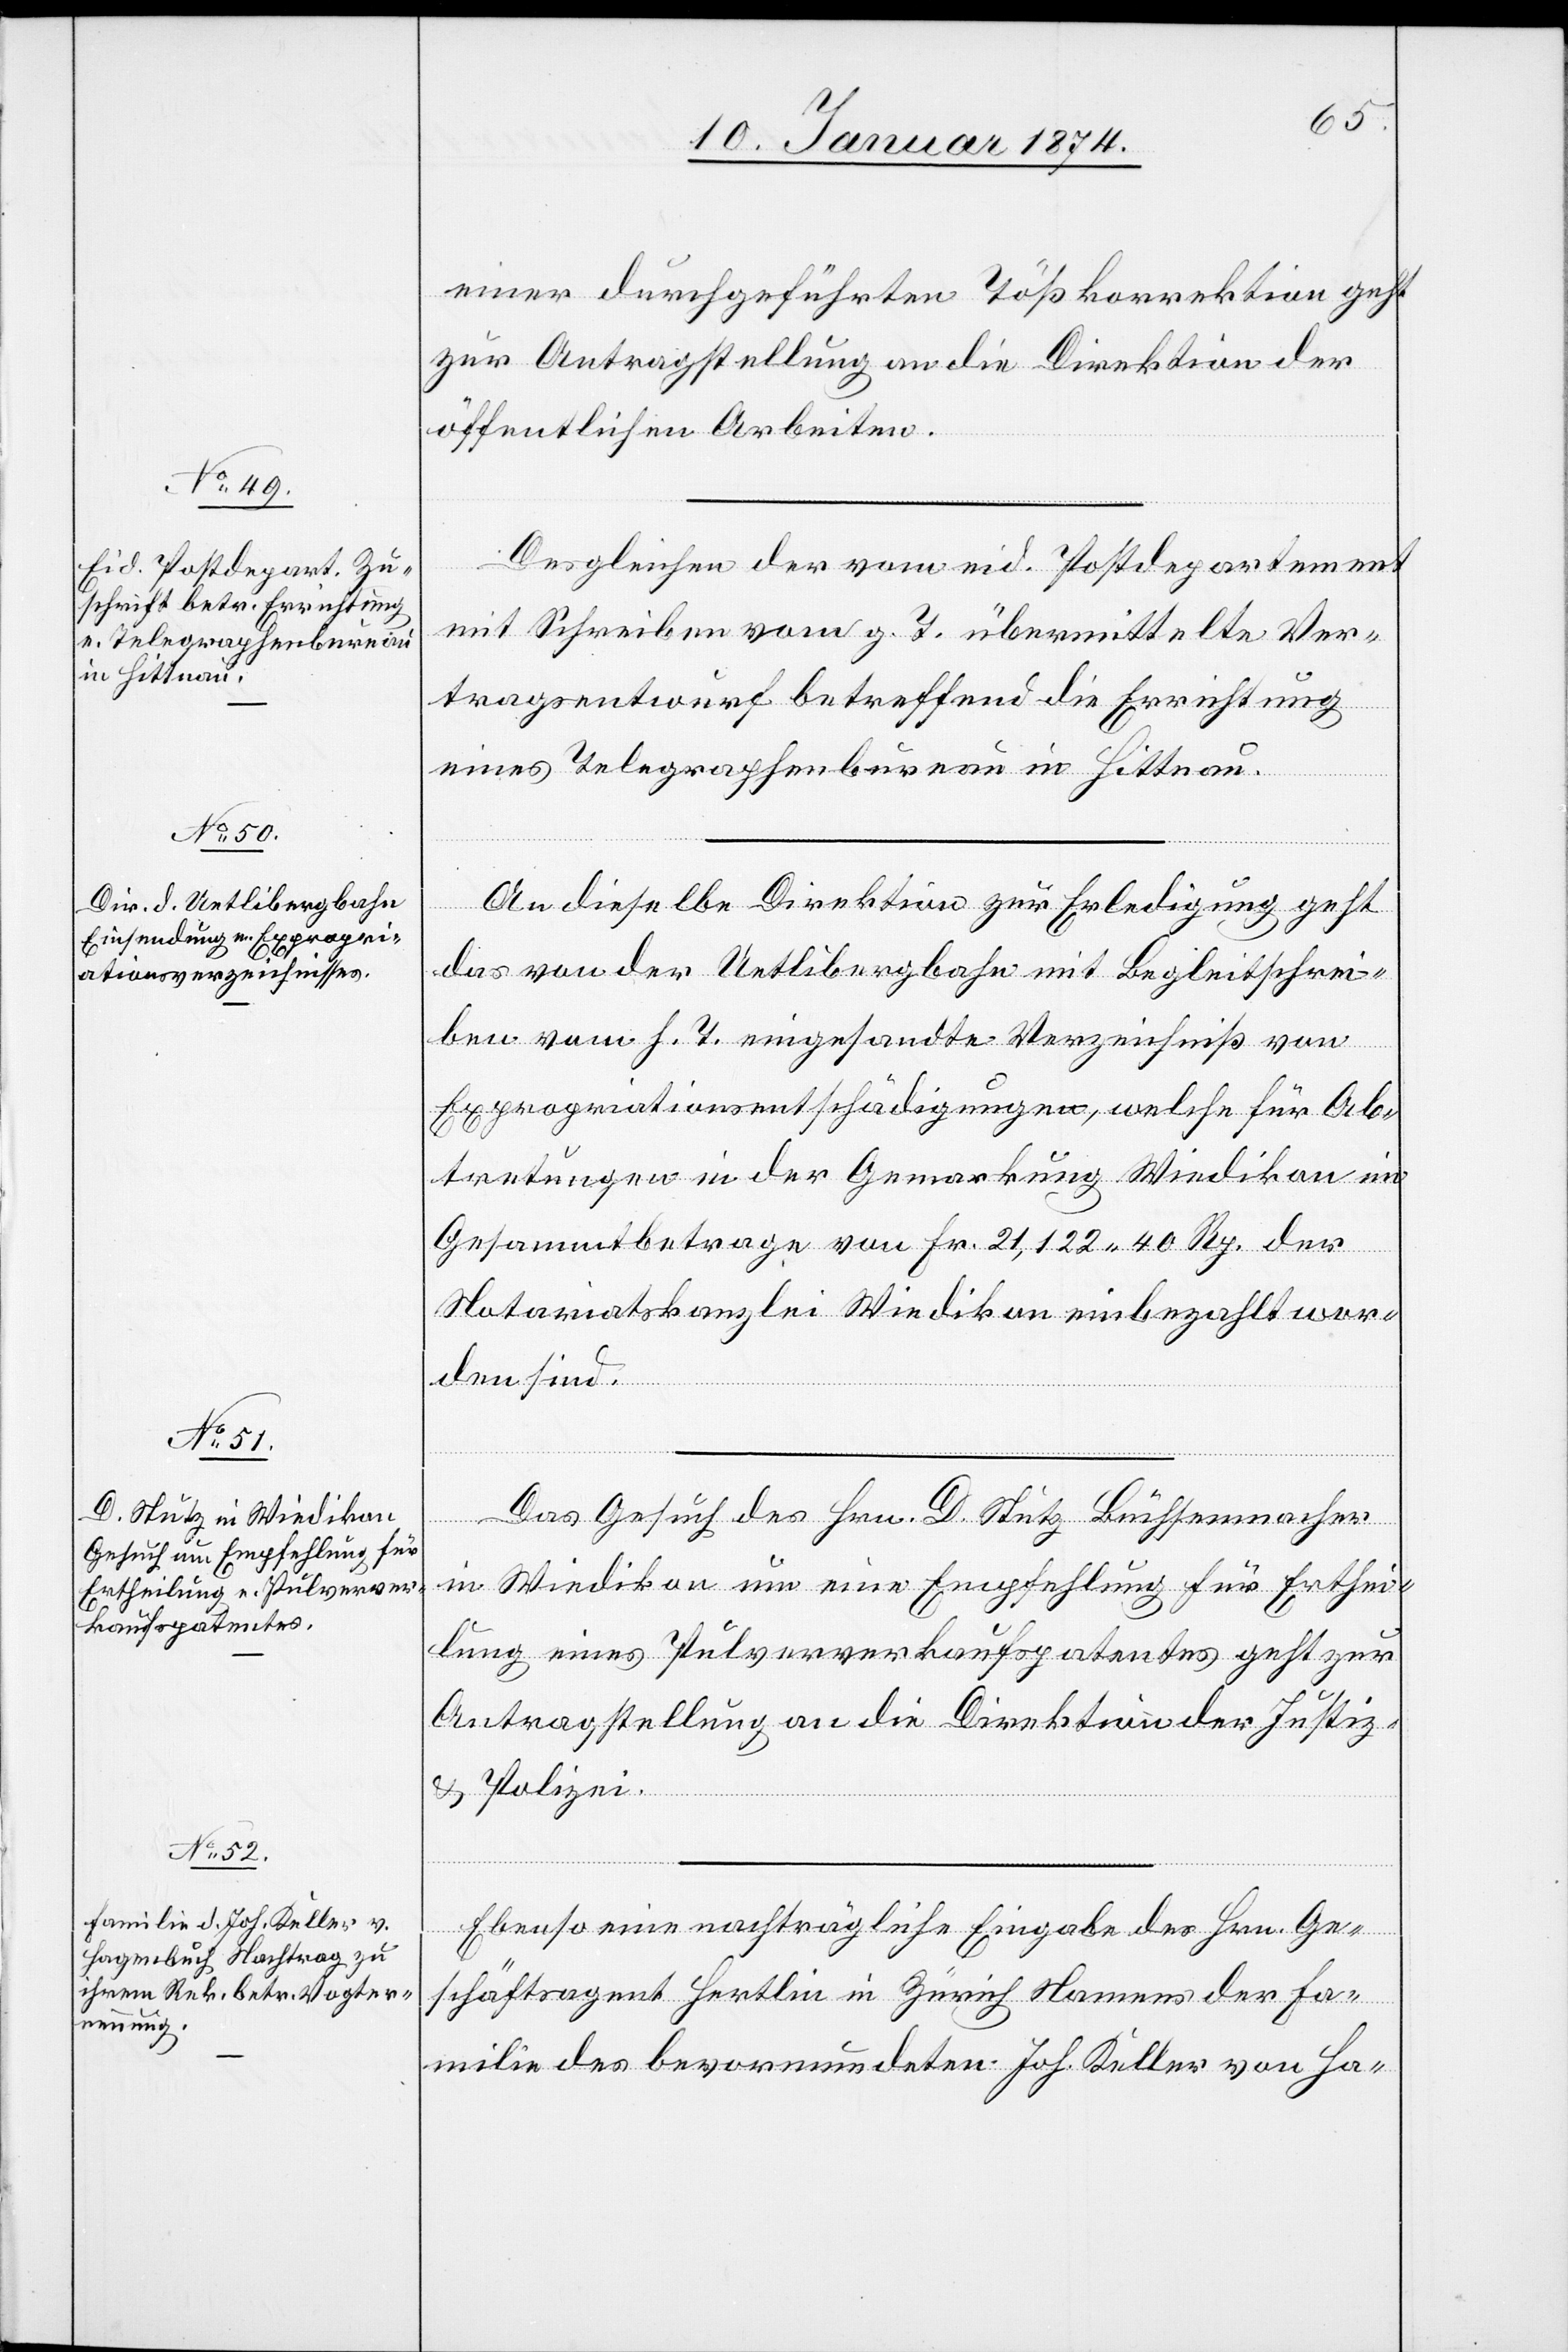
13. Januar 1874.]
einer durchgeführten Tößkorrektion geht
zur Antragstellung an die Direktion der
öffentlichen Arbeiten.
Desgleichen der vom eid. Postdepartement
mit Schreiben vom g. T. übermittelten Ver¬
tragsentwurf betreffend die Errichtung
eines Telegraphenbüreau in Hittnau.
An dieselbe Direktion zur Erledigung geht
das von der Uetlibergbahn mit Begleitschrei¬
ben vom h. T. eingesandte Verzeichniß von
Expropriationsentschädigungen, welche für Ab¬
tretungen in der Gemarkung Wiedikon im
Gesammtbetrage von Fr. 21,122.40 Rp. der
Notariatskanzlei Wiedikon einbezahlt wor¬
den sind.
von
Das Gesuch des Hrn. D. Stutz Büchsenmacher
in Wiedikon um eine Empfehlung für Erthei¬
lung eines Pulververkaufspatentes geht zur
Antragstellung an die Direktion der Justiz-
& Polizei.
Ebenso eine nachträgliche Eingabe des Hrn. Ge¬
schäftsagent Hertlin in Zürich Namens der Fa¬
milie des bevormundeten Joh. Keller von Ha-